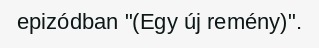
epizódban "(Egy új remény)".